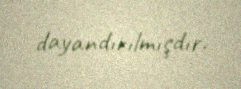
dayandırılmışdır.